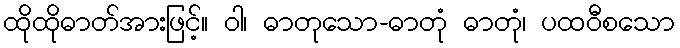
ထိုထိုဓာတ်အားဖြင့်။ ဝါ၊ ဓာတုသော-ဓာတုံ ဓာတုံ၊ ပထဝီစသော